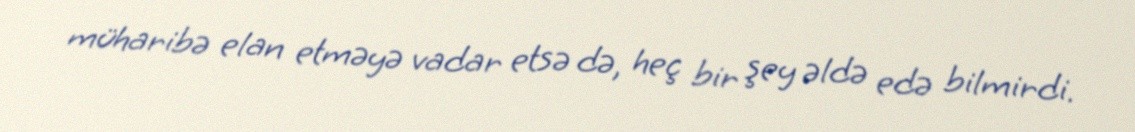
müharibə elan etməyə vadar etsə də, heç bir şey əldə edə bilmirdi.